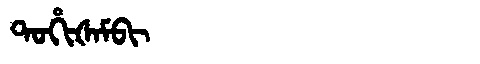
Manchu: ᡨᠣᡥᡳᡧᠠᠮᠪᡳ
Romanization: TOHIŠAMBI